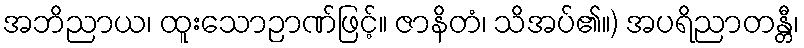
အဘိညာယ၊ ထူးသောဉာဏ်ဖြင့်။ ဇာနိတံ၊ သိအပ်၏။) အပရိညာတန္တီ၊